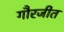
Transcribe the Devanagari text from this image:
गौरजीत